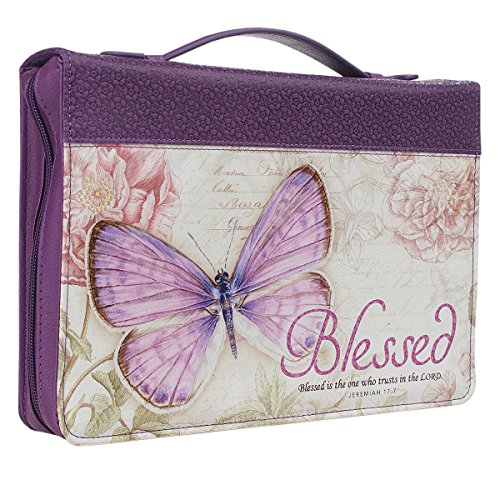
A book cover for Purple Botanic Butterfly Blessings "Blessed" Bible / Book Cover - Jeremiah 17:7 (Medium); Christian Art Gifts; Religion & Spirituality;